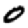
Digit: 0